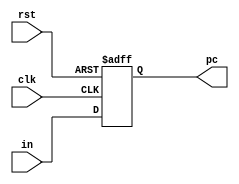
module pc (
    input wire [31:0] in, 
    input wire clk,
    input wire rst,
    output reg [31:0] pc 
);
    
always @(posedge clk or negedge rst) 
    begin
        if(!rst)
            pc <= 32'd0;
        else
            pc <= in;
    end
endmodule